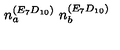
n _ { a } ^ { ( E _ { 7 } D _ { 1 0 } ) } \ n _ { b } ^ { ( E _ { 7 } D _ { 1 0 } ) }